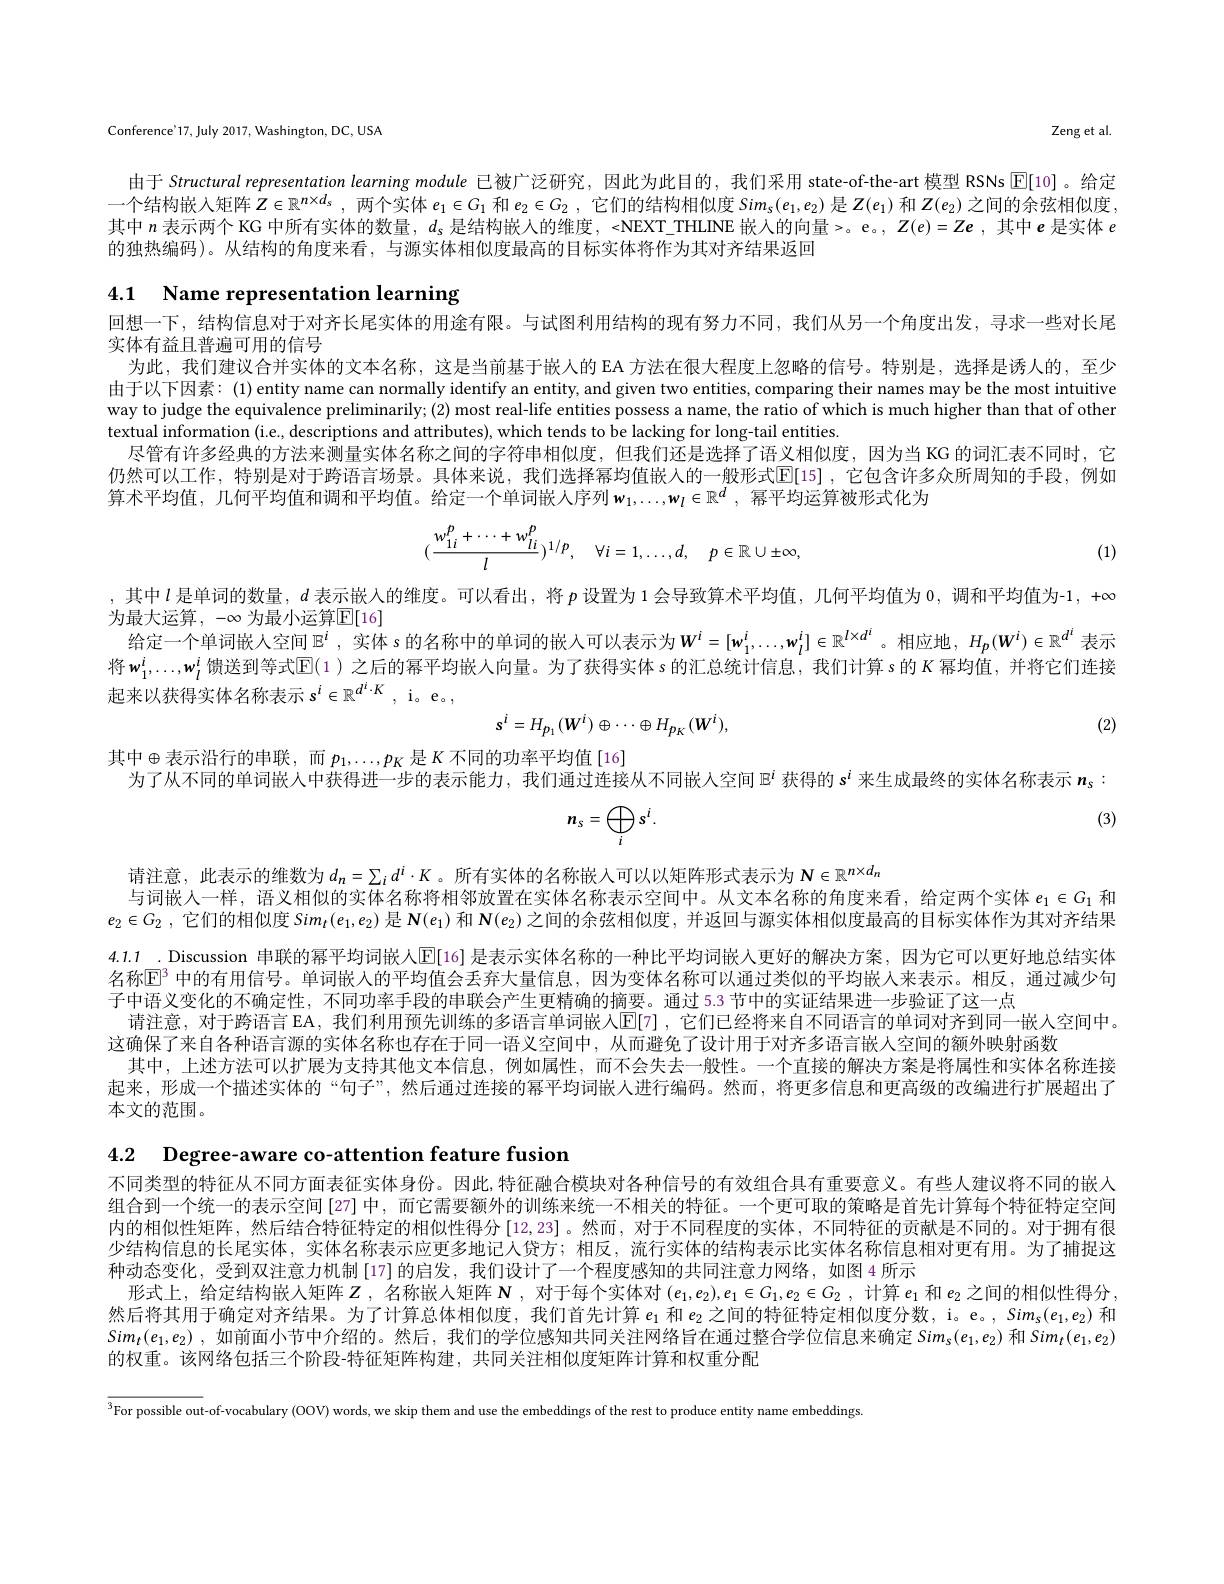
Zeng et al.

Conference'17, July 2017, Washington, DC, USA

由于 Structural representation learning module 已被广泛研究，因此为此目的，我们采用 state-of-the-art 模型 RSNs $\boxed{\mathrm{E}}[10]$。给定一个结构嵌人矩阵$Z\in\mathbb{R}^n\times d_s$ ,两个实体$e_1\in G_1$和$e_2\in G_2$ ,它们的结构相似度 Si$m_\mathrm{s}(e_1,e_2)$是$Z(e_1)$和$Z(e_2)$之间的余弦相似度， 其中$n$表示两个 KG 中所有实体的数量，$d_s$是结构嵌人的维度，<NEXT\_THLINE 嵌人的向量>。e。, $Z(e)=Ze$ ,其中$e$是实体$e$ 的独热编码)。从结构的角度来看，与源实体相似度最高的目标实体将作为其对齐结果返回

4.1 Name representation learning

回想一下，结构信息对于对齐长尾实体的用途有限。与试图利用结构的现有努力不同，我们从另一个角度出发，寻求一些对长尾
实体有益且普遍可用的信号
为此，我们建议合并实体的文本名称，这是当前基于嵌人的 EA 方法在很大程度上忽略的信号。特别是，选择是诱人的，至少由于以下因素：(1) entity name can normally identify an entity, and given two entities, comparing their names may be the most intuitive way to judge the equivalence preliminarily; (2) most real-life entities possess a name, the ratio of which is much higher than that of other textual information (i.e., descriptions and attributes), which tends to be lacking for long-tail entities.
尽管有许多经典的方法来测量实体名称之间的字符串相似度，但我们还是选择了语义相似度，因为当 KG 的词汇表不同时，它仍然可以工作，特别是对于跨语言场景。具体来说，我们选择幂均值嵌人的一般形式[E[15] ,它包含许多众所周知的手段，例如算术平均值，几何平均值和调和平均值。给定一个单词嵌人序列$w_1,\ldots,w_l\in\mathbb{R}^d$,幂平均运算被形式化为
$$(\frac{w_{1i}^{p}+\cdots+w_{li}^{p}}{l})^{1/p},\quad\forall i=1,\ldots,d,\quad p\in\mathbb{R}\cup\pm\infty,$$
(1)

,其中$l$是单词的数量，$d$表示嵌人的维度。可以看出，将$p$设置为 1 会导致算术平均值，几何平均值为0，调和平均值为-1$,+\infty$
为最大运算$,-\infty$ 为最小运算$\mathbb{E}[16]$
给定一个单词嵌人空间$\mathbb{E}^i$,实体 s 的名称中的单词的嵌入可以表示为$W^i=[\mathbf{w}_1^i,\ldots,\mathbf{w}_l^i]\in\mathbb{R}^{l\times d^i}$。相应地，$H_p(\boldsymbol{W}^i)\in\mathbb{R}^{d^i}$ 表示将$w_1^i,\ldots,w_l^i$ 馈送到等式$\mathbb{E}($1 )之后的幂平均嵌人向量。为了获得实体 s 的汇总统计信息，我们计算 s 的 $K$ 幂均值，并将它们连接起来以获得实体名称表示$s^i\in\mathbb{R}^{d^i\cdot K}$, i。e。
$$s^i=H_{p_1}(W^i)\oplus\cdots\oplus H_{p_K}(W^i),$$
(2)

其中$\oplus$表示沿行的串联，而$p_1,\ldots,p_K$ 是$K$不同的功率平均值[16]

为了从不同的单词嵌人中获得进一步的表示能力，我们通过连接从不同嵌人空间$\mathbb{E}^i$获得的 s$^i$来生成最终的实体名称表示$n_\mathrm{s}:$

(3)
$$n_s=\bigoplus_is^i.$$
请注意，此表示的维数为$d_n=\sum_id^i\cdot K$。所有实体的名称嵌入可以以矩阵形式表示为$N\in\mathbb{R}^{n\times d_n}$
与词嵌人一样，语义相似的实体名称将相邻放置在实体名称表示空间中。从文本名称的角度来看，给定两个实体$e_1\in G_1$和$e_2\in G_2$ ,它们的相似度$Sim_t(e_1,e_2)$是$N(e_1)$和$N(e_2)$之间的余弦相似度，并返回与源实体相似度最高的目标实体作为其对齐结果4.1.1 .Discussion 串联的幂平均词嵌人$\mathbb{E}[16]$ 是表示实体名称的一种比平均词嵌入更好的解决方案，因为它可以更好地总结实体名称$\mathbb{E}^{3}$ 中的有用信号。单词嵌人的平均值会丢弃大量信息，因为变体名称可以通过类似的平均嵌人来表示。相反，通过减少句子中语义变化的不确定性，不同功率手段的申联会产生更精确的摘要。通过 5.3 节中的实证结果进一步验证了这一点
请注意，对于跨语言 EA, 我们利用预先训练的多语言单词嵌人$\operatorname{E}[7]$, 它们已经将来自不同语言的单词对齐到同一嵌人空间中。
这确保了来自各种语言源的实体名称也存在于同一语义空间中，从而避免了设计用于对齐多语言嵌人空间的额外映射函数
其中，上述方法可以扩展为支持其他文本信息，例如属性，而不会失去一般性。一个直接的解决方案是将属性和实体名称连接起来，形成一个描述实体的“句子”,然后通过连接的幂平均词嵌人进行编码。然而，将更多信息和更高级的改编进行扩展超出了本文的范围。

4.2 $\textbf{Degree- aware co- attention feature fusion}$
不同类型的特征从不同方面表征实体身份。因此，特征融合模块对各种信号的有效组合具有重要意义。有些人建议将不同的嵌入组合到一个统一的表示空间[27]中，而它需要额外的训练来统一不相关的特征。一个更可取的策略是首先计算每个特征特定空间内的相似性矩阵，然后结合特征特定的相似性得分[12,23]。然而，对于不同程度的实体，不同特征的贡献是不同的。对于拥有很少结构信息的长尾实体，实体名称表示应更多地记人贷方；相反，流行实体的结构表示比实体名称信息相对更有用。为了捕捉这种动态变化，受到双注意力机制 [17] 的启发，我们设计了一个程度感知的共同注意力网络，如图 4 所示
形式上，给定结构嵌人矩阵$Z$ ,名称嵌人矩阵 N ,对于每个实体对$(e_1,e_2),e_1\in G_1,e_2\in G_2$ ,计算$e_1$和$e_2$之间的相似性得分， 然后将其用于确定对齐结果。为了计算总体相似度，我们首先计算$e_1$和$e_2$之间的特征特定相似度分数，i。e。, Sim$_s(e_1,e_2)$和$Sim_t(e_1,e_2)$ ,如前面小节中介绍的。然后，我们的学位感知共同关注网络旨在通过整合学位信息来确定 Sims$(e_1,e_2)$和$Sim_t(e_1,e_2)$ 的权重。该网络包括三个阶段-特征矩阵构建，共同关注相似度矩阵计算和权重分配

$^{3}$For possible out-of-vocabulary (OOV) words, we skip them and use the embeddings of the rest to produce entity name embeddings